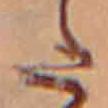
た